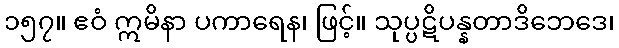
၁၅၇။ ဧဝံ ဣမိနာ ပကာရေန၊ ဖြင့်။ သုပ္ပဋိပန္နတာဒိဘေဒေ၊